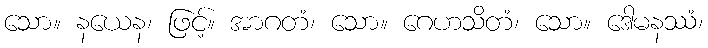
သော။ နယေန၊ ဖြင့်။ အာဂတံ၊ သော။ ဂေဟသိတံ၊ သော။ ဒေါမနဿံ၊